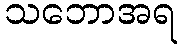
သဘောအရ